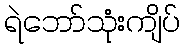
ရဲဘော်သုံးကျိပ်